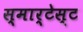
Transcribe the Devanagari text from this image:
स्मार्टेस्ट